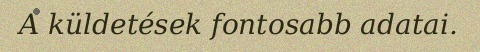
A küldetések fontosabb adatai.